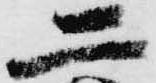
二